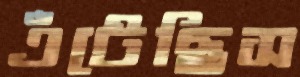
এঁটেছিস